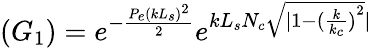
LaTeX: (G_{1})=e^{-\frac{P_{e}(kL_{s})^{2}}{2}}e^{kL_{s}N_{c}\sqrt{|1-{(\frac{k}{k_{c}})}^{2}}|}